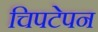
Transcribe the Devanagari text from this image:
चिपटेपन